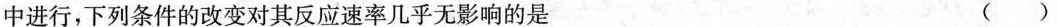
中进行，下列条件的改变对其反应速率几乎无影响的是 ( )